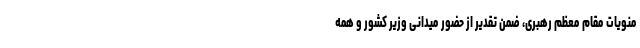
منویات مقام معظم رهبری، ضمن تقدیر از حضور میدانی وزیر کشور و همه